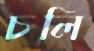
চলি